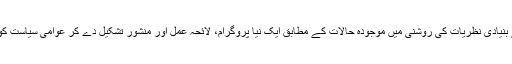
پیپلز پارٹی آج بھی اپنے بنیادی نظریات کی روشنی میں موجودہ حالات کے مطابق ایک نیا پروگرام، لائحہ عمل اور منشور تشکیل دے کر عوامی سیاست کو مضبوط کر سکتی ہے۔